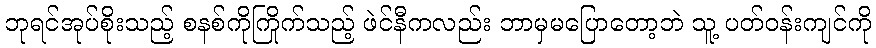
ဘုရင်အုပ်စိုးသည့် စနစ်ကိုကြိုက်သည့် ဖဲင်နီကလည်း ဘာမှမပြောတော့ဘဲ သူ့ ပတ်ဝန်းကျင်ကို